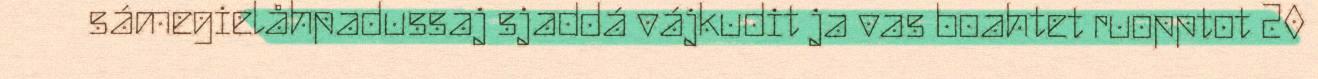
sámegielåhpadussaj sjaddá vájkudit ja vas boahtet ruopptot 20